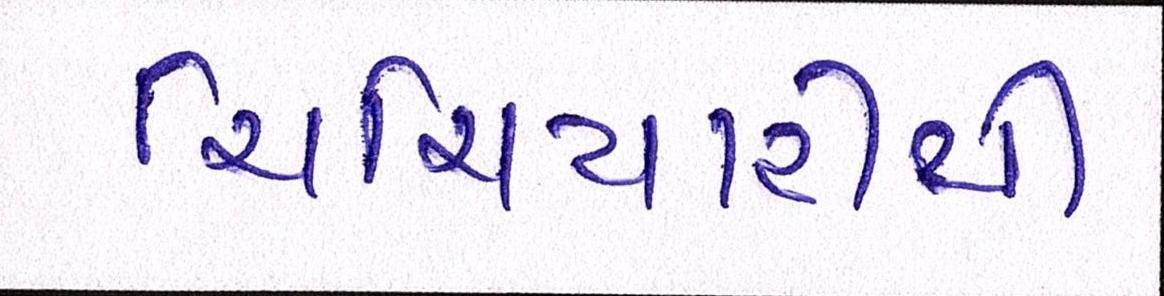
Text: ચિચિયારીથી